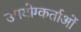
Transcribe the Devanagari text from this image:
उपयोग्कर्ताओं